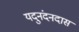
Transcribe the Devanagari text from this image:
यदुनंदनदास